Vaccination returns of the Province of Eastern Bengal and Assam - 1905-1912
Year: 1905
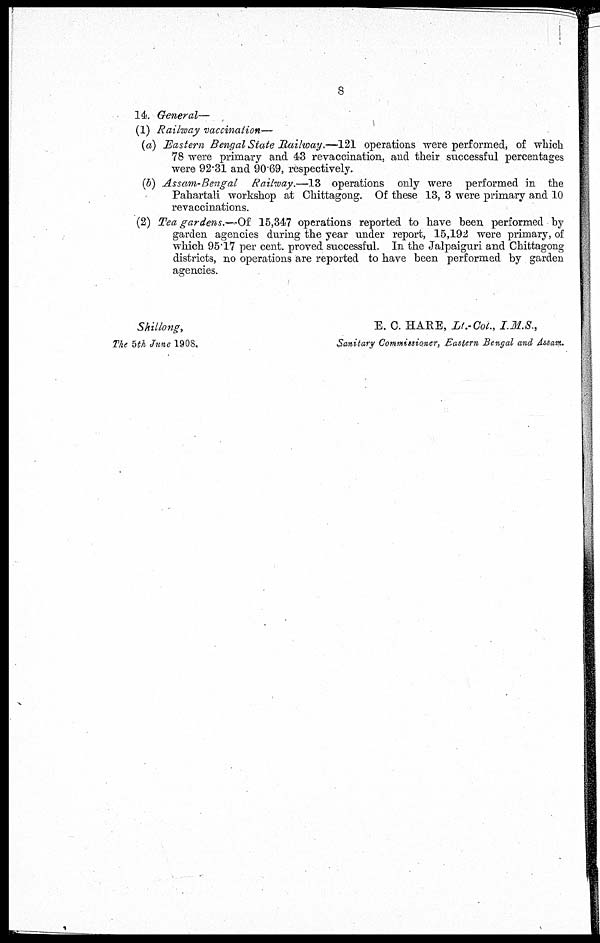
8
14. General—
(1) Railway vaccination—
(a) Eastern Bengal State Railway.—121 operations were performed, of which
78 were primary and 43 revaccination, and their successful percentages
were 92.31 and 90.69, respectively.
(b) Assam-Bengal
Railway.—13 operations only were performed in the
Pahartali workshop at Chittagong. Of these 13, 3 were primary and 10
revaccinations.
(2) Tea gardens.— of 15,347 operations reported to have been performed by
garden agencies during the year under report, 15,192 were primary, of
which 95.17 per cent. proved successful. In the Jalpaiguri and Chittagong
districts, no operations are reported to have been performed by garden
agencies.
Shillong,
E. C. HARE, Lt.-Col., I.M.S.,
The 5th June 1908.
Sanitary Commissioner, Eastern Bengal and Assam.